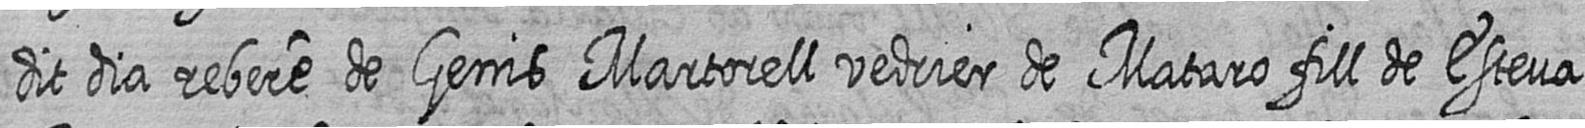
dit dia rebere de Genis Martorell vedrier de Mataro fill de Esteva